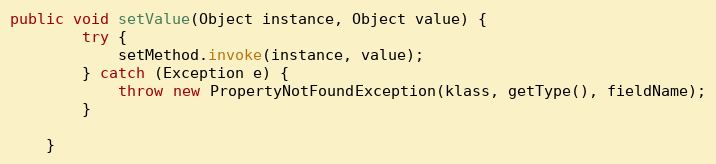
Language: Java
public void setValue(Object instance, Object value) {
        try {
            setMethod.invoke(instance, value);
        } catch (Exception e) {
            throw new PropertyNotFoundException(klass, getType(), fieldName);
        }

    }